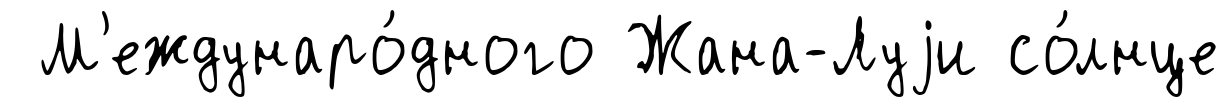
М'еждунаро́дного Жана-Луjи со́лнце